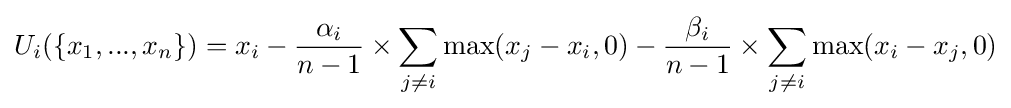
U_{i}(\{x_{1},...,x_{n}\})=x_{i}-{\frac {\alpha _{i}}{n-1}}\times \sum _{j\neq i}{\max(x_{j}-x_{i},0)}-{\frac {\beta _{i}}{n-1}}\times \sum _{j\neq i}{\max(x_{i}-x_{j},0)}